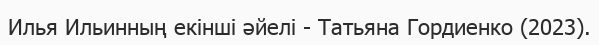
Илья Ильинның екінші әйелі - Татьяна Гордиенко (2023).